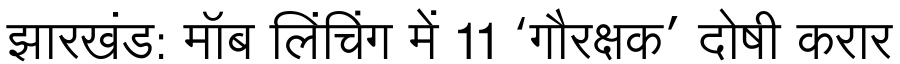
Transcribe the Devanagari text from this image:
झारखंड: मॉब लिंचिंग में 11 ‘गौरक्षक’ दोषी करार